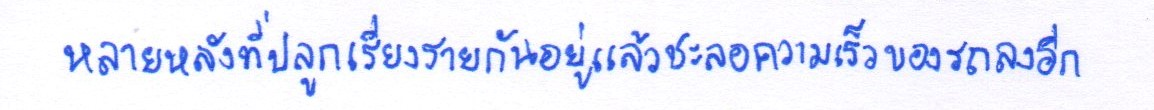
หลายหลังที่ปลูกเรียงรายกันอยู่แล้วชะลอความเร็วของรถลงอีก